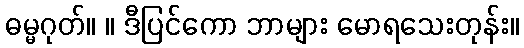
ဓမ္မဂုတ်။ ။ ဒီပြင်ကော ဘာများ မောရသေးတုန်း။